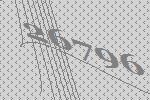
26796